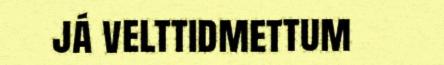
já velttidmettum